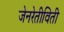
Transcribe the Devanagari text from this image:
जेनरेतीविती